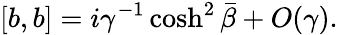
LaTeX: [b,b]=i\gamma^{-1}\cosh^{2}\bar{\beta}+O(\gamma).